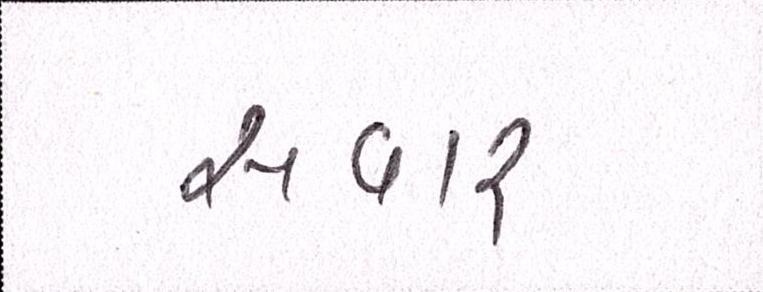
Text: સવાર